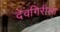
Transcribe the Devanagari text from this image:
देवगिरीला